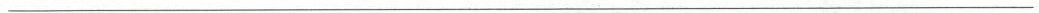
___